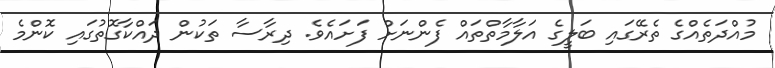
މުއްދަތެއްގެ ތެރޭގައި ބަލީގެ އަލާމާތްތައް ފެންނަށް ފަށައެވެ. ދިރާސާ ތަކުން ދައްކާގޮތުގައި ކޮންމެ